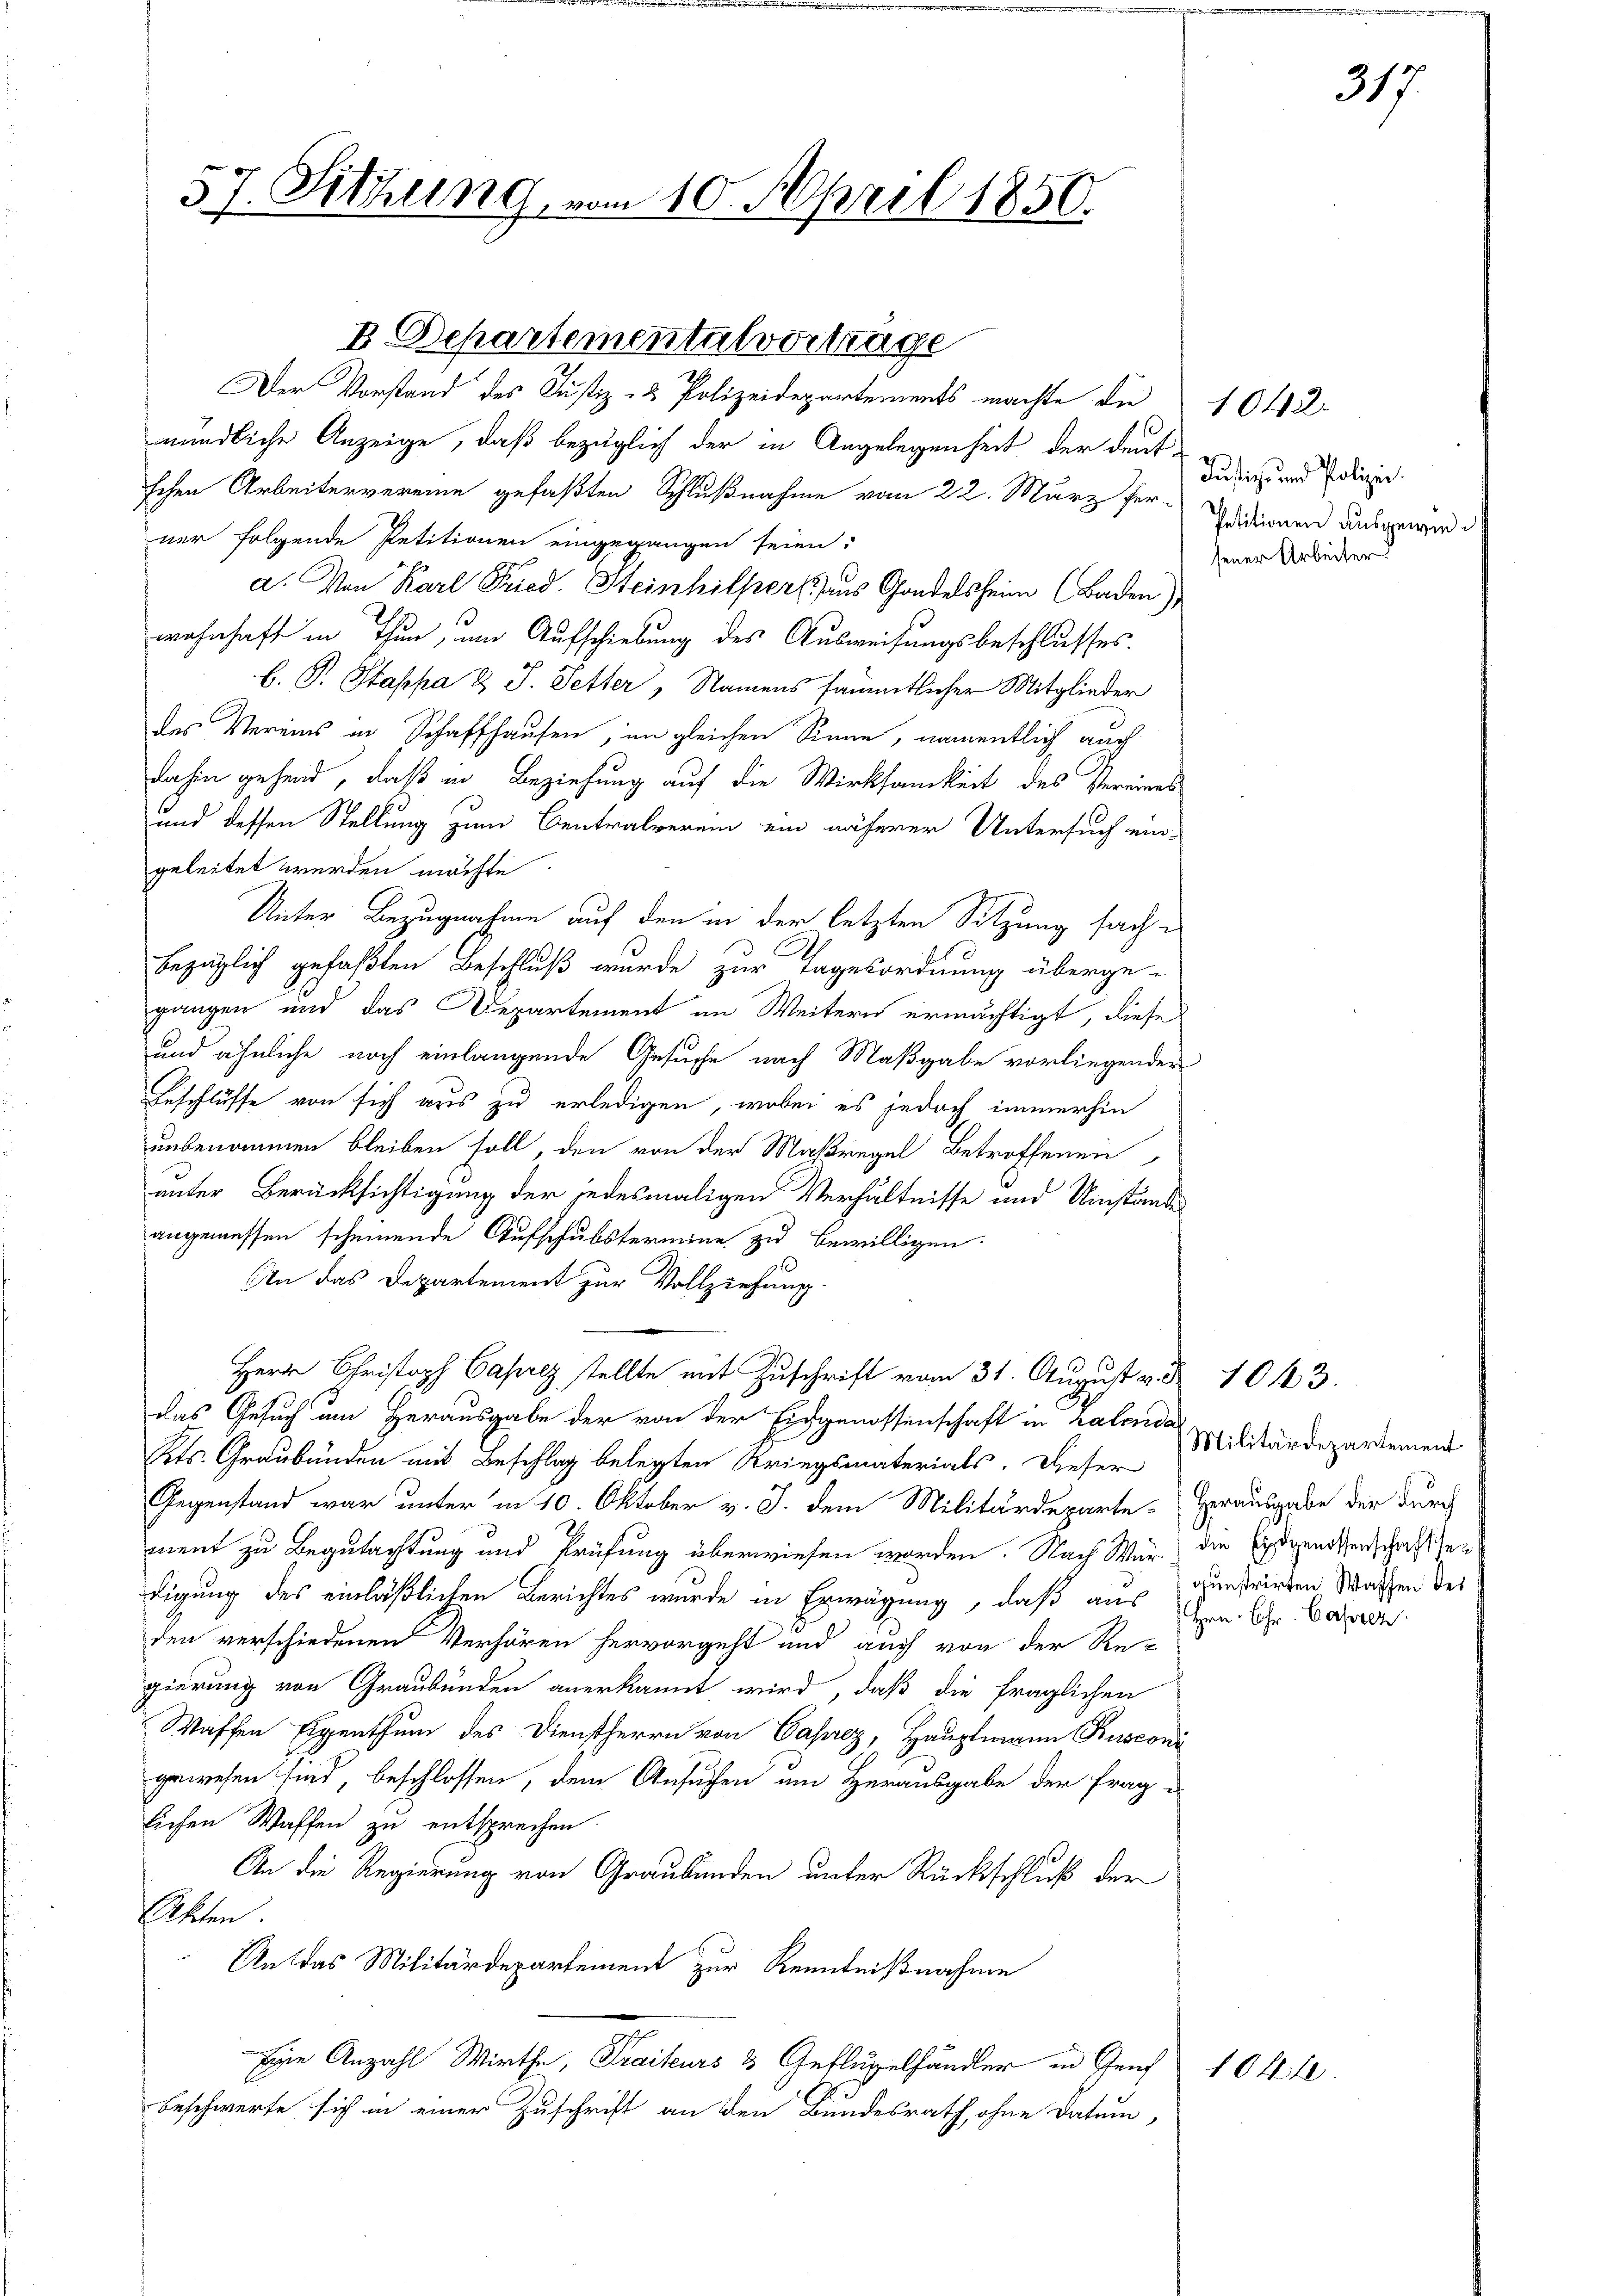
57. Sittling vom 10. April 1850.

mündliche Anzeige, daß bezüglich der in Angelegenheit der deut-
schen Arbeitervereine gefaßten Schlußnahme vom 22. März her-
ner folgende Petitionen eingegangen seien:
a. Von Karl Fried. Steinhilfer aus Gandelsheim (Baden),
wohnhaft in Thun, um Aufschiebung des Ausweisungsbeschlusses.
b. P. Stappa & J. Setter, Namens sämmtlicher Mitglieder
des Vereins in Schaffhausen, im gleichen Sinne, namentlich auch
dahin gehend, daß in Beziehung auf die Wirksamkeit des Vereines
und dessen Stellung zum Centralverein ein näherer Untersuch ein-
geleitet werden möchte.
Unter Bezugnahme auf den in der letzten Sitzung sache
bezüglich gefaßten Beschluß wurde zur Tagesordnung überge-
gangen und das Departement im Weitern ermächtigt, diese
und ähnliche noch einlangende Gesuche nach Maßgabe vorliegender
Beschlüsse von sich aus zu erledigen, wobei es jedoch immerhin
unbenommen bleiben soll, den von der Maßregel betroffenen
unter Berücksichtigung der jedesmaligen Verhältnisse und Umstände-
angemessen scheinende Aufschubstermine zu bewilligen.
An das Departement zur Vollziehung.
Herr Christellte mit Zuschrift vom 31. August v. 1043.
das Gesuch um Herausgabe der von der Eidgenossenschaft in ralenda
Kts. Graubünden mit Beschlag belegten Kriegsmaterials. Dieser
Gegenstand war unter in 10. Oktober v. J. dem Militärdeparte-Herausgabe der durch
ment zu Begutachtung und Prüfung überwiesen worden. Nach War die Eidgenossenschaft zer
digung des einläßlichen Berichtes wurde in Erwägung, daß aus centrirten Wachen der
den verschiedenen Verhören hervorgeht und auch von der Re-
gierung von Graubünden anerkannt wird, daß die fraglichen
Waffen Eigenthum des Dienstherrn von Caprez, Hauptmann Rusconi
gewesen sind, beschlossen, dem Ansuchen um Herausgabe der Frag-
lichen Waffen zu entsprechen.
An die Regierung von Graubünden unter Rückschluß der
Etten.
An das Militärdepartement zur Kenntnißnahme
Eine Anzahl Wirthe, Traiteurs & Geflügelhändler in Genf
beschwerte sich in einer Zuschrift an den Bundesrath, ohne Datum,

B Departementalvortrage
Der Vorstand des Justiz- & Polizeidepartements machte die 1042

Justiz- und Polizei.
Petitionen ausgewiejener Arbeiter

Militärdepartement
Hrn. Chr. Caprez

1044

317